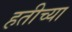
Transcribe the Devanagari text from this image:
हतीच्या